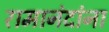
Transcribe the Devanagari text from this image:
रामानंदांना